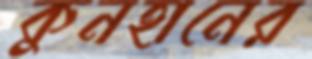
কুনহানের